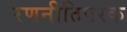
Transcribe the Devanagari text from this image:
रणनीतिपरक